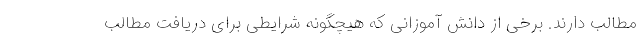
مطالب دارند. برخی از دانش آموزانی که هیچگونه شرایطی برای دریافت مطالب